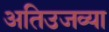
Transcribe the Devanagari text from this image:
अतिउजव्या